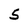
Character: 5